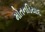
મોતનડિયાદ